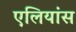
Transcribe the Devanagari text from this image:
एलियांस